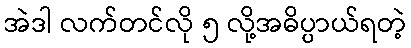
အဲဒါ လက်တင်လို ၅ လို့အဓိပ္ပာယ်ရတဲ့